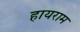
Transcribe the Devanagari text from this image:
हायराम